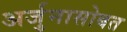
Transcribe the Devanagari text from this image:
अर्जुनासोबत